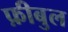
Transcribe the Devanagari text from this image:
फ़ीबुल